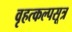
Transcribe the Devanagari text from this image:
वृहत्कल्पसूत्र